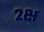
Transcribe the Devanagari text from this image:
२क्ष